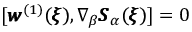
[ { \pmb w } ^ { ( 1 ) } ( { \pmb \xi } ) , \nabla _ { \beta } { \pmb S } _ { \alpha } ( { \pmb \xi } ) ] = 0